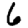
Digit: 6